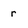
Character: r